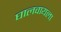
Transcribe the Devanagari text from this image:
घालवायला